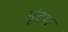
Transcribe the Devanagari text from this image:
मूंद्रम